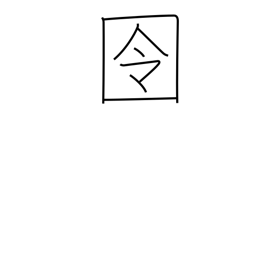
Meaning: prison